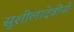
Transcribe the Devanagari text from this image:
सुशीलादेवींनी